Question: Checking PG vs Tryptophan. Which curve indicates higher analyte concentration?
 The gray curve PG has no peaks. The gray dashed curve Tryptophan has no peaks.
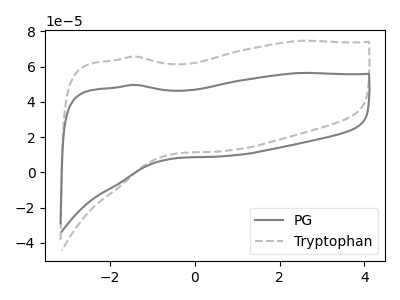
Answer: <think>Neither "PG" or "Tryptophan" have any peaks.
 </think>
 <answer>I cant tell if "PG" or "Tryptophan" has higher concentration.</answer>
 <eval>mixed_concentration</eval>